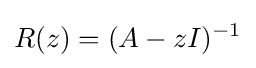
R(z)=(A-zI)^{-1}